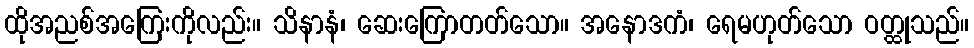
ထိုအညစ်အကြေးကိုလည်း။ သိနာနံ၊ ဆေးကြောတတ်သော။ အနောဒကံ၊ ရေမဟုတ်သော ဝတ္ထုသည်။